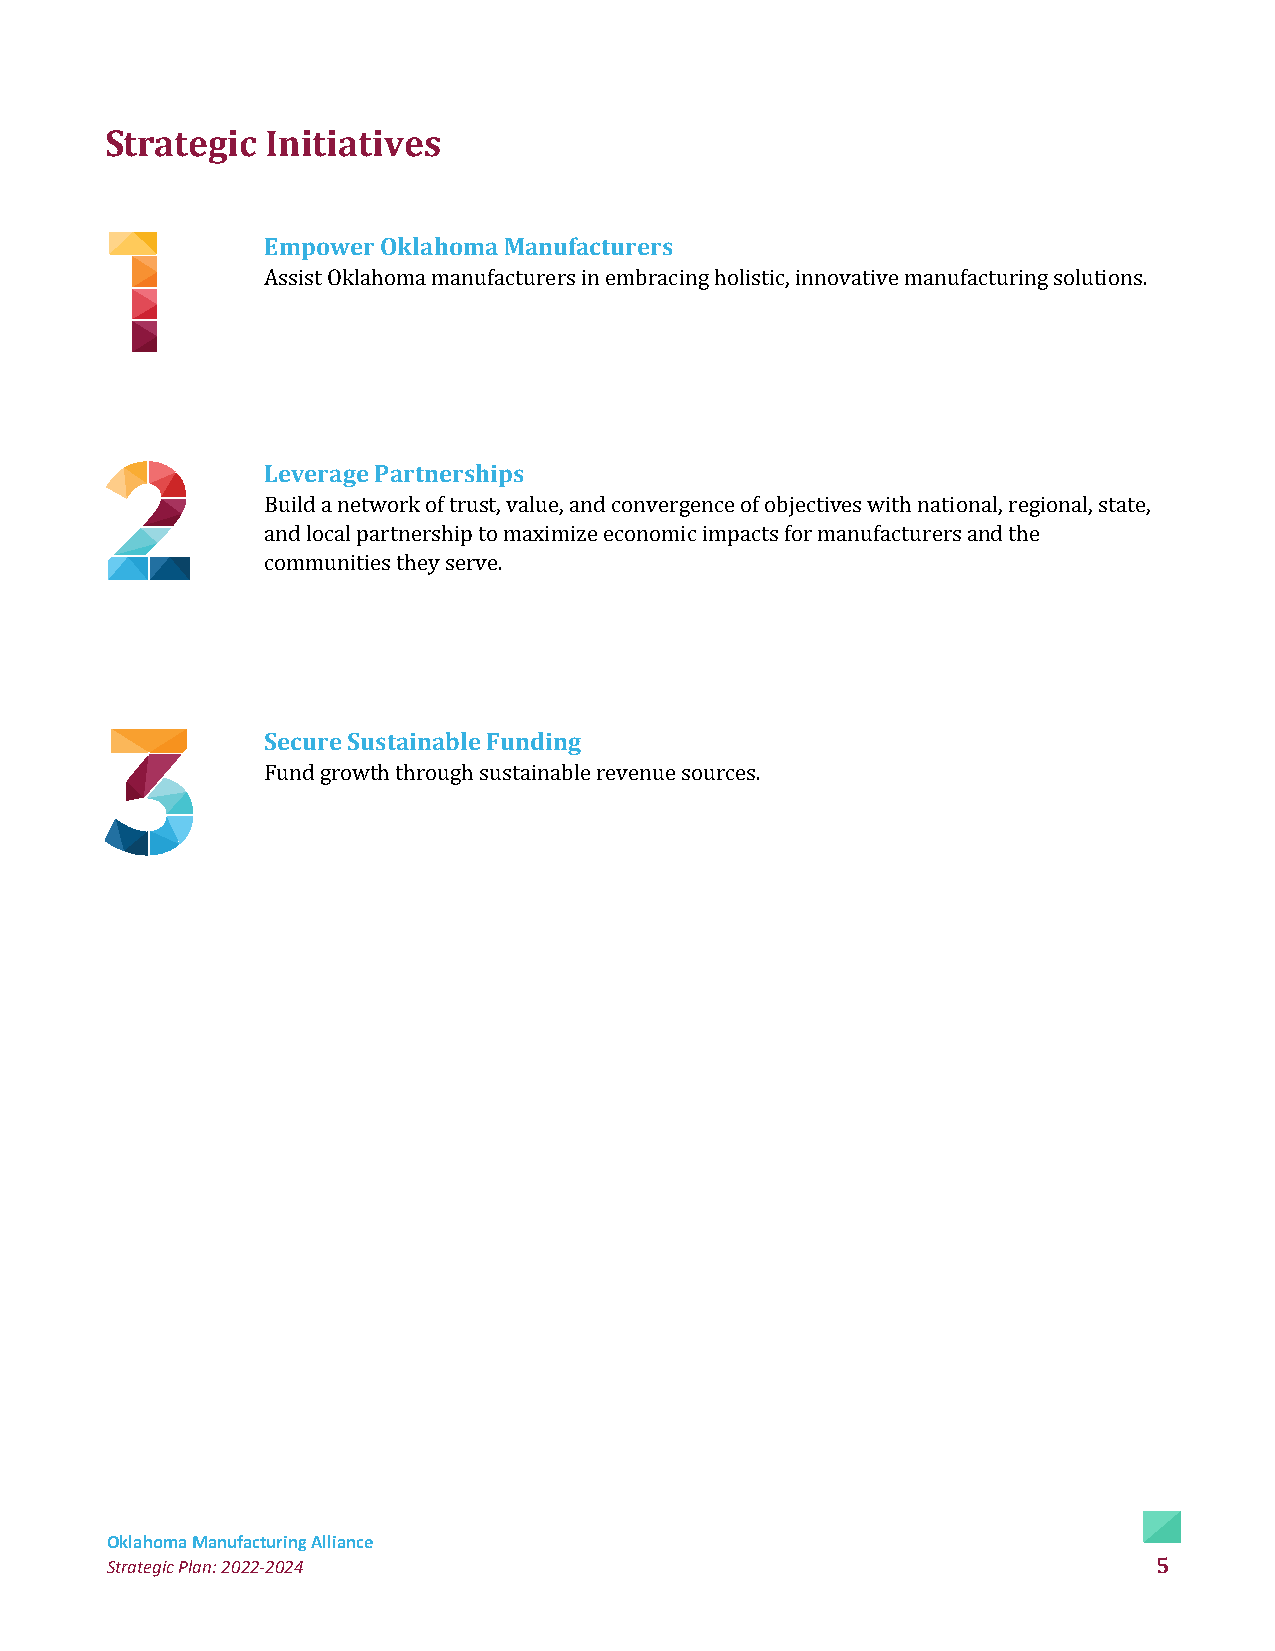
Strategic  Initiatives
 Empower Oklahoma Manufacturers
 Assist Oklahoma manufacturers in embracing holistic, innovative manufacturing solutions.
 Leverage Partnerships
 Build a network of trust, value, and convergence of objectives with national, regional, state,
 and local partnership to maximize economic impacts for manufacturers and the
 communities they serve.
 Secure Sustainable Funding
 Fund growth through sustainable revenue sources.
 Oklahoma Manufacturing Alliance
 Strategic Plan: 2022-2024                                             5